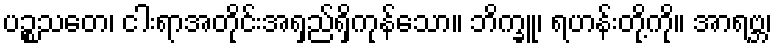
ပဉ္စသတေ၊ ငါးရာအတိုင်းအရှည်ရှိကုန်သော။ ဘိက္ခူ၊ ရဟန်းတို့ကို။ အာရဗ္ဘ၊